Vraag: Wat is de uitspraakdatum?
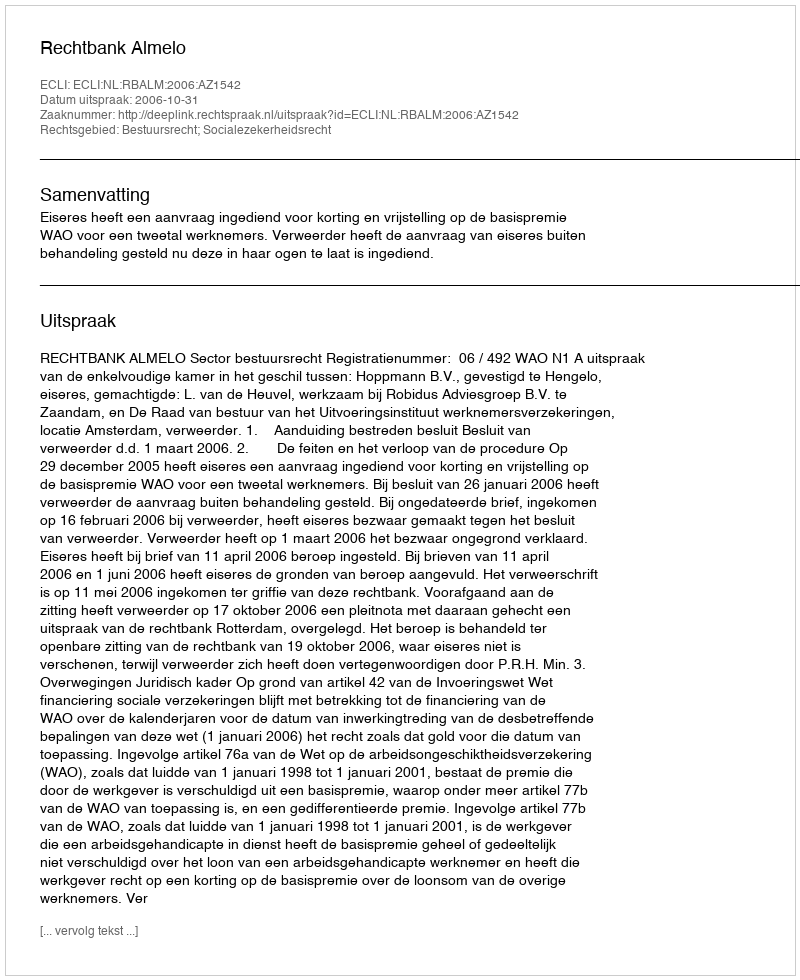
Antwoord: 2006-10-31